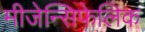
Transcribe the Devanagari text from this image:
मीजेन्सिफेलिक